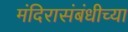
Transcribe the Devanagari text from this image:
मंदिरासंबंधीच्या